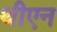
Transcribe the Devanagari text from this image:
थीएन